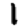
Digit: 1